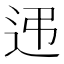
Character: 𨑩